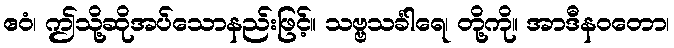
ဧဝံ၊ ဤသို့ဆိုအပ်သောနည်းဖြင့်။ သဗ္ဗသင်္ခါရေ၊ တို့ကို။ အာဒီနဝတော၊